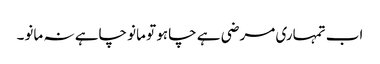
اب تمہاری مرضی ہے چاہو تو مانو چاہے نہ مانو۔